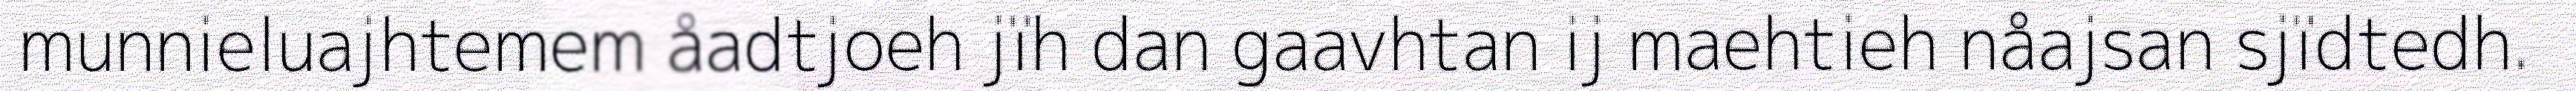
munnieluajhtemem åadtjoeh jïh dan gaavhtan ij maehtieh nåajsan sjïdtedh.